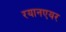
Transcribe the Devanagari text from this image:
रयानएयर